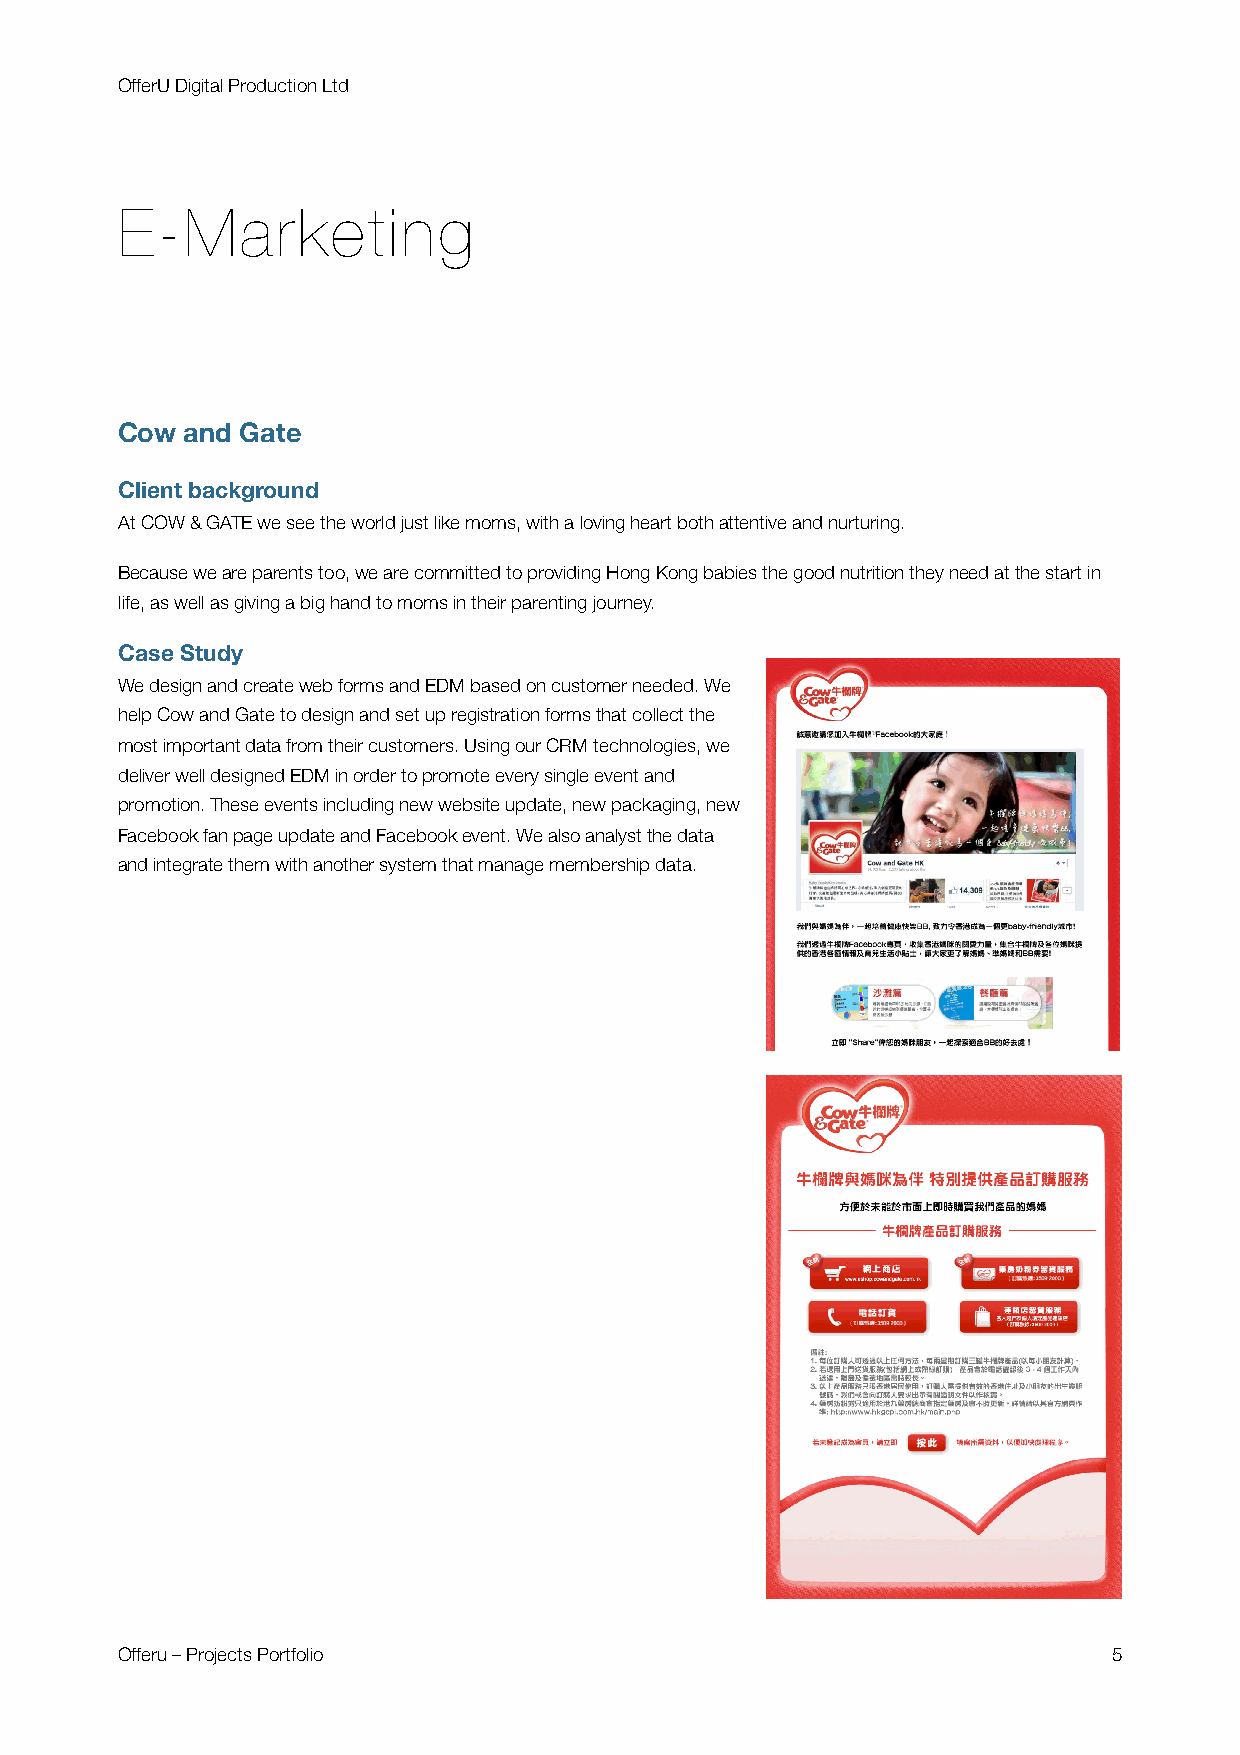
OfferU Digital Production Ltd
 E-Marketing
 Cow and Gate
 Client background
 At COW & GATE we see the world just like moms, with a loving heart both attentive and nurturing.
 Because we are parents too, we are committed to providing Hong Kong babies the good nutrition they need at the start in
 life, as well as giving a big hand to moms in their parenting journey.
 Case Study
 We design and create web forms and EDM based on customer needed. We
 help Cow and Gate to design and set up registration forms that collect the
 most important data from their customers. Using our CRM technologies, we
 deliver well designed EDM in order to promote every single event and
 promotion. These events including new website update, new packaging, new
 Facebook fan page update and Facebook event. We also analyst the data
 and integrate them with another system that manage membership data.
 Offeru – Projects Portfolio                                       5